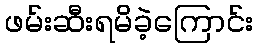
ဖမ်းဆီးရမိခဲ့ကြောင်း